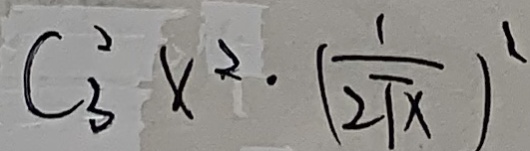
C _ { 3 } ^ { 2 } x ^ { 2 } \cdot ( \frac { 1 } { 2 \sqrt { x } } ) ^ { 2 }